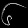
Digit: ၆